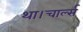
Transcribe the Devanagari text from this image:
था।चार्ल्स